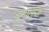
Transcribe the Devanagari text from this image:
बुगालूज